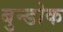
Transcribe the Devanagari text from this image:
बुन्डोक